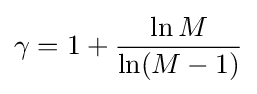
\gamma =1+{\frac {\ln M}{\ln(M-1)}}